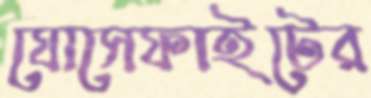
যোসেফাইটের